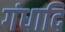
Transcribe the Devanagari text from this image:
गंधादि